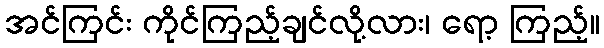
အင်ကြင်း ကိုင်ကြည့်ချင်လို့လား၊ ရော့ ကြည့်။